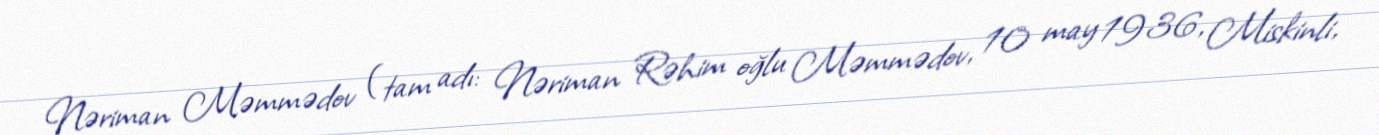
Nəriman Məmmədov (tam adı: Nəriman Rəhim oğlu Məmmədov, 10 may 1936, Miskinli,